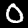
Digit: 0